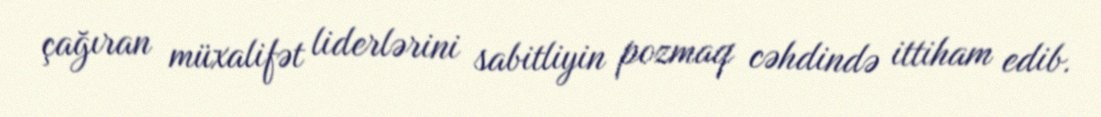
çağıran müxalifət liderlərini sabitliyin pozmaq cəhdində ittiham edib.